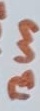
Text: Bus